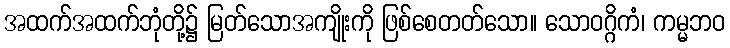
အထက်အထက်ဘုံတို့၌ မြတ်သောအကျိုးကို ဖြစ်စေတတ်သော။ သောဝဂ္ဂိကံ၊ ကမ္မဘဝ